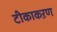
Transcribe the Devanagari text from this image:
टीकाकऱण